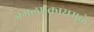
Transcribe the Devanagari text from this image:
जंगलप्रकारामुळे